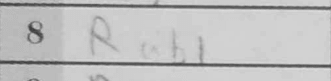
Transcription: Rab1